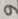
Text: 9